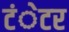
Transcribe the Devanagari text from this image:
टंेटर